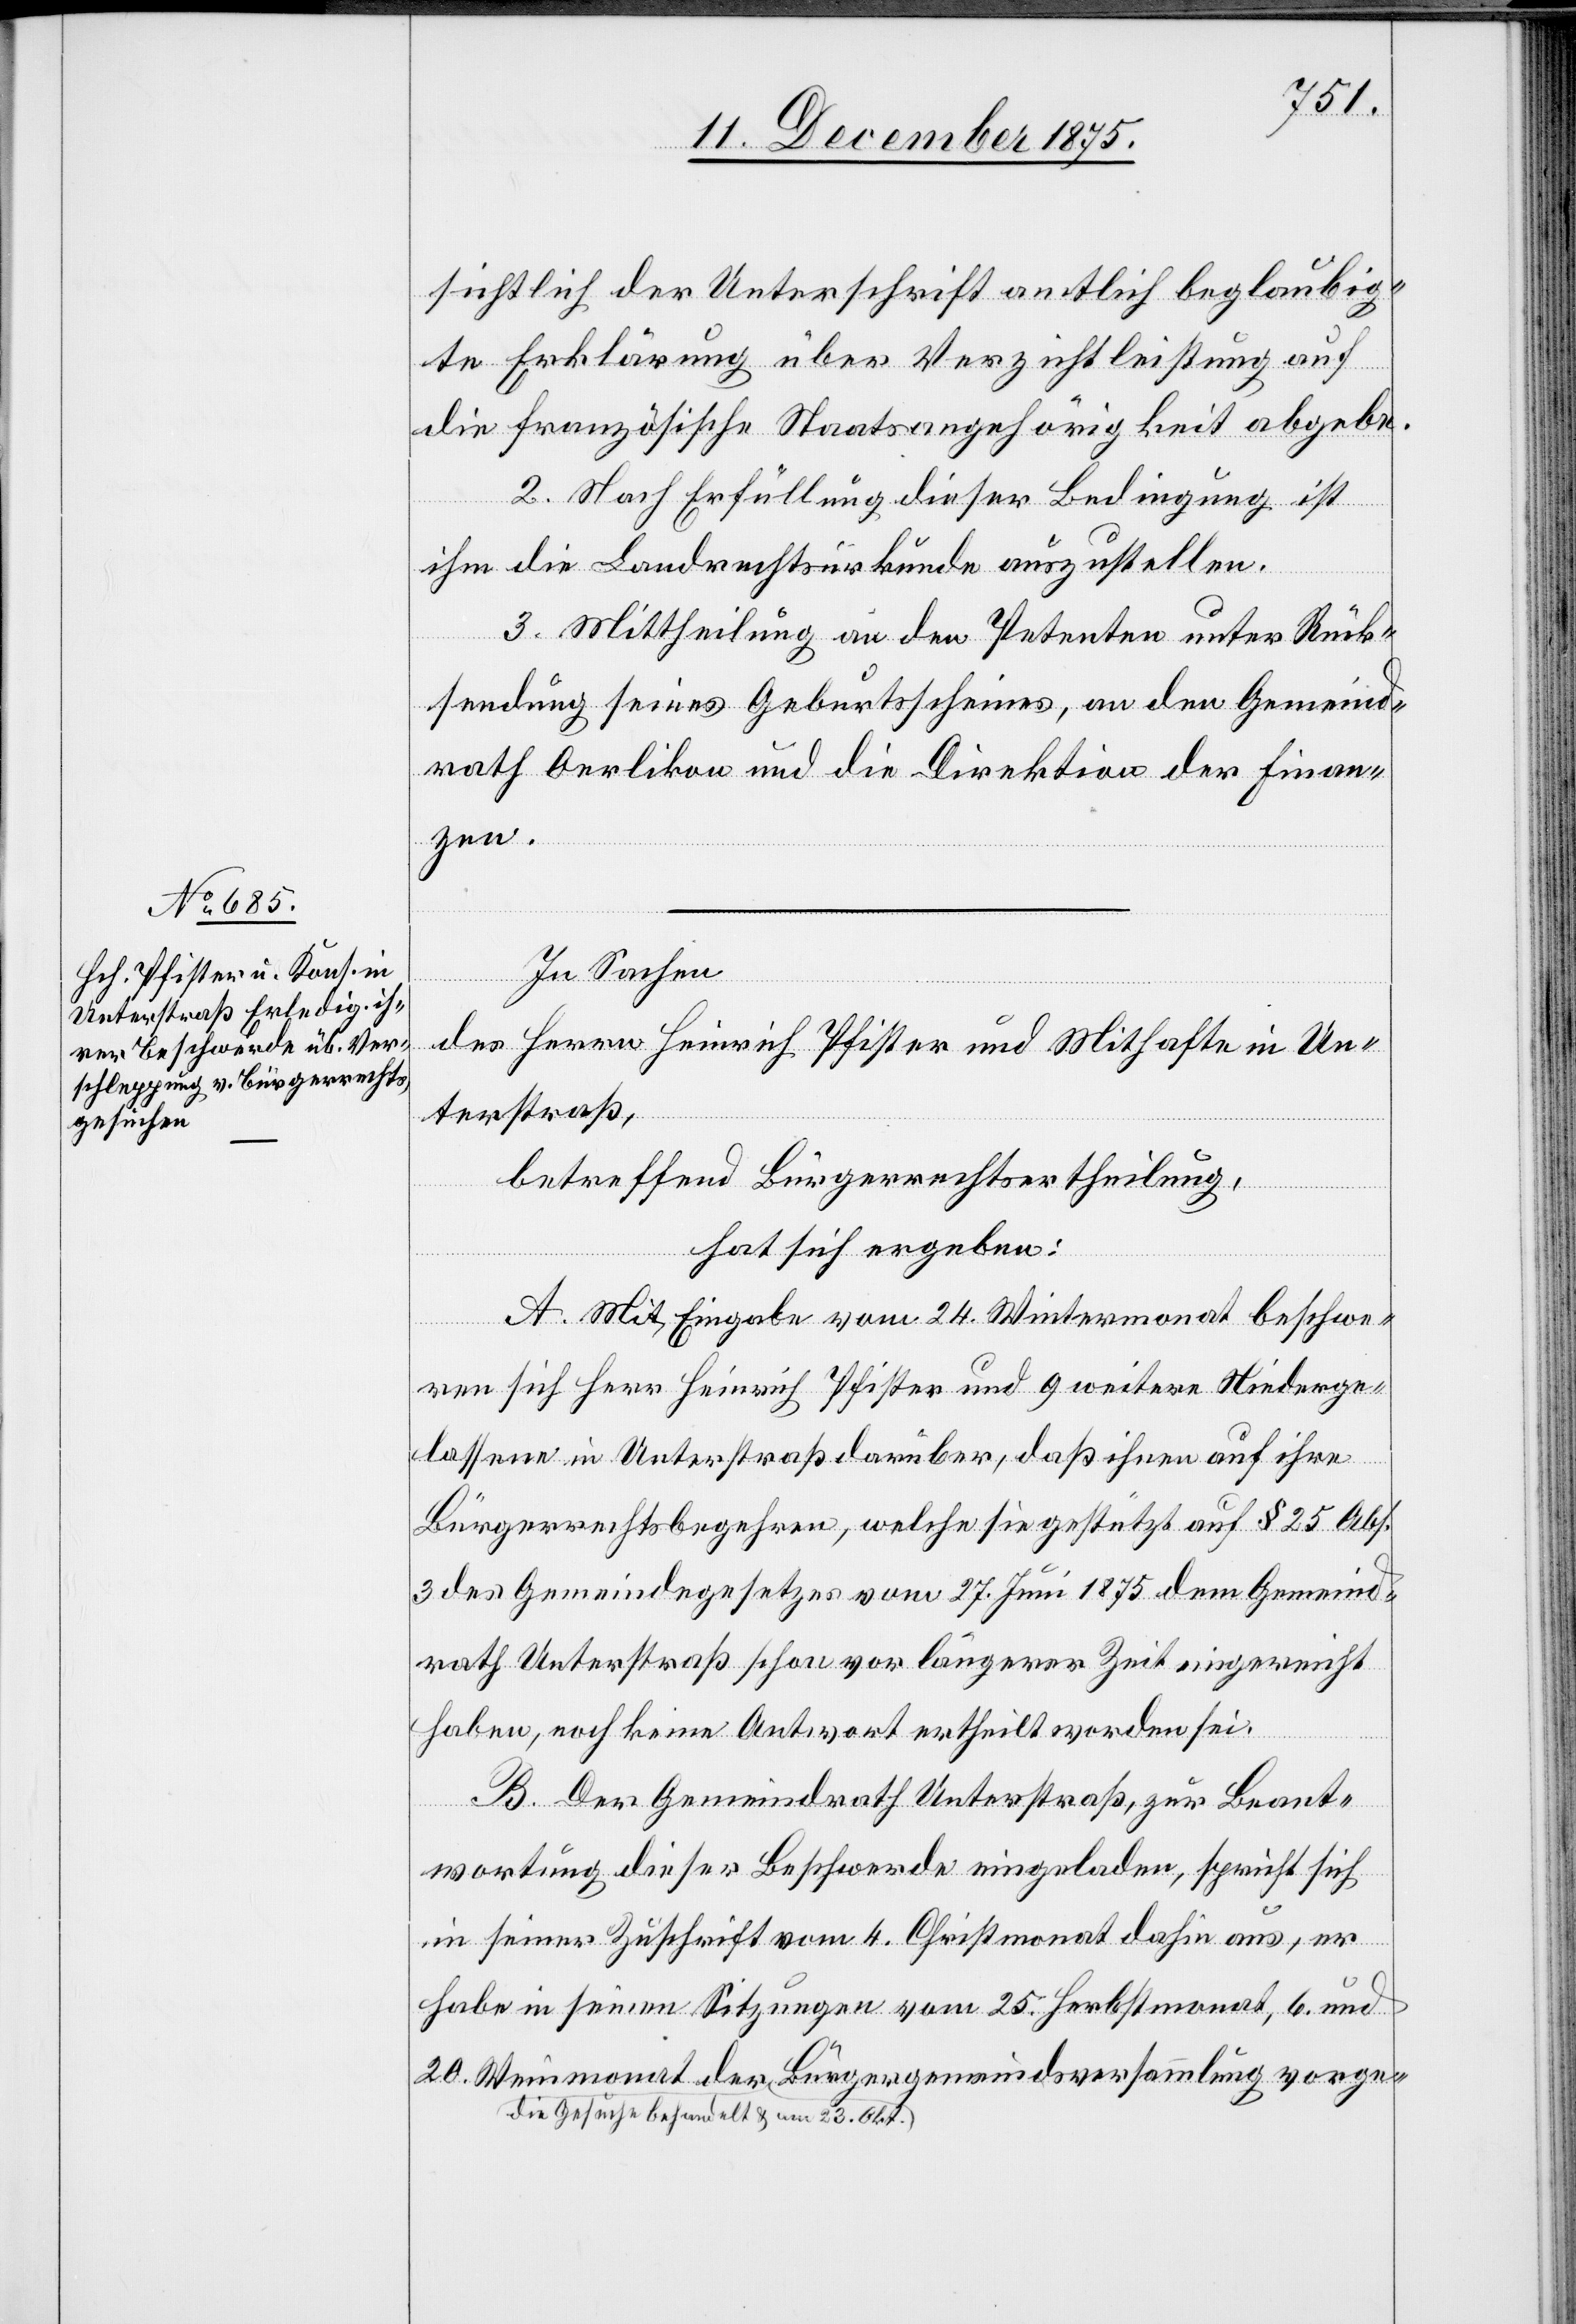
20.
sichtlich der Unterschrift amtlich beglaubig¬
te Erklärung über Verzichtleistung auf
die französische Staatsangehörigkeit abgebe.
2. Nach Erfüllung dieser Bedingung ist
ihm die Landrechtsurkunde auszustellen.
der
3. Mittheilung an den Petenten unter Rück¬
sendung seines Geburtsscheines, an den Gemeind¬
rath Oerlikon und die Direktion der Finan¬
zen.
In Sachen
des Herrn Heinrich Pfister und Mithafte in Un¬
terstraß,
betreffend Bürgerrechtsertheilung,
hat sich ergeben:
A. Mit Eingabe vom 24. Wintermonat beschwe¬
ren sich Herr Heinrich Pfister und 9 weitere Niederge¬
lassene in Unterstraß darüber, daß ihnen auf ihre
Bürgerrechtsbegehren, welche sich gestützt auf § 25 Abs.
3 des Gemeindegesetzes vom 27. Juni 1875 dem Gemeind¬
rath Unterstraß schon vor längerer Zeit eingereicht
haben, noch keine Antwort ertheilt worden sei.
B. Der Gemeindrath Unterstraß, zur Beant¬
wortung dieser Beschwerde eingeladen, spricht sich
in seiner Zuschrift vom 4. Christmonat dahin aus, er
habe in seinen Sitzungen vom 25. Herbstmonat, 6. und
a-die Gesuche behandelt & am 23. Okt.-a